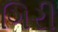
ગિરી